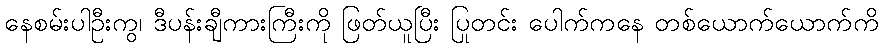
နေစမ်းပါဦးကွ၊ ဒီပန်းချီကားကြီးကို ဖြတ်ယူပြီး ပြတင်း ပေါက်ကနေ တစ်ယောက်ယောက်ကို